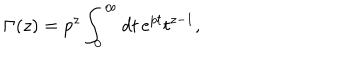
\Gamma ( z ) = p ^ { z } \int _ { 0 } ^ { \infty } d t \, e ^ { p t } t ^ { z - 1 } ,